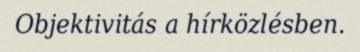
Objektivitás a hírközlésben.